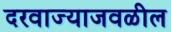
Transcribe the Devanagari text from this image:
दरवाज्याजवळील